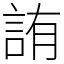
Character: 詴